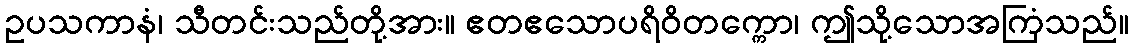
ဥပသကာနံ၊ သီတင်းသည်တို့အား။ ဧတဧသောပရိဝိတက္ကော၊ ဤသို့သောအကြံသည်။